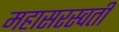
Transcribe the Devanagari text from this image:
महासरस्‍वती